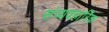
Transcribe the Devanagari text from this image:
संव्यवहारिक